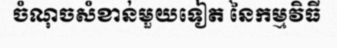
ចំណុចសំខាន់មួយទៀត នៃកម្មវិធី